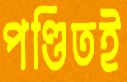
পণ্ডিতই